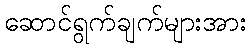
ဆောင်ရွက်ချက်များအား